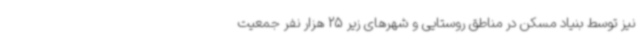
نیز توسط بنیاد مسکن در مناطق روستایی و شهرهای زیر 25 هزار نفر جمعیت